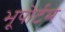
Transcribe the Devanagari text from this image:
भूपोर्टम